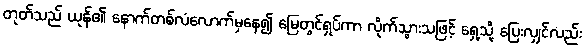
တုတ်သည် ယုန်၏ နောက်တစ်လံလောက်မှနေ၍ မြေတွင်ရှပ်ကာ လိုက်သွားသဖြင့် ရှေ့သို့ ပြေးလျှင်လည်း